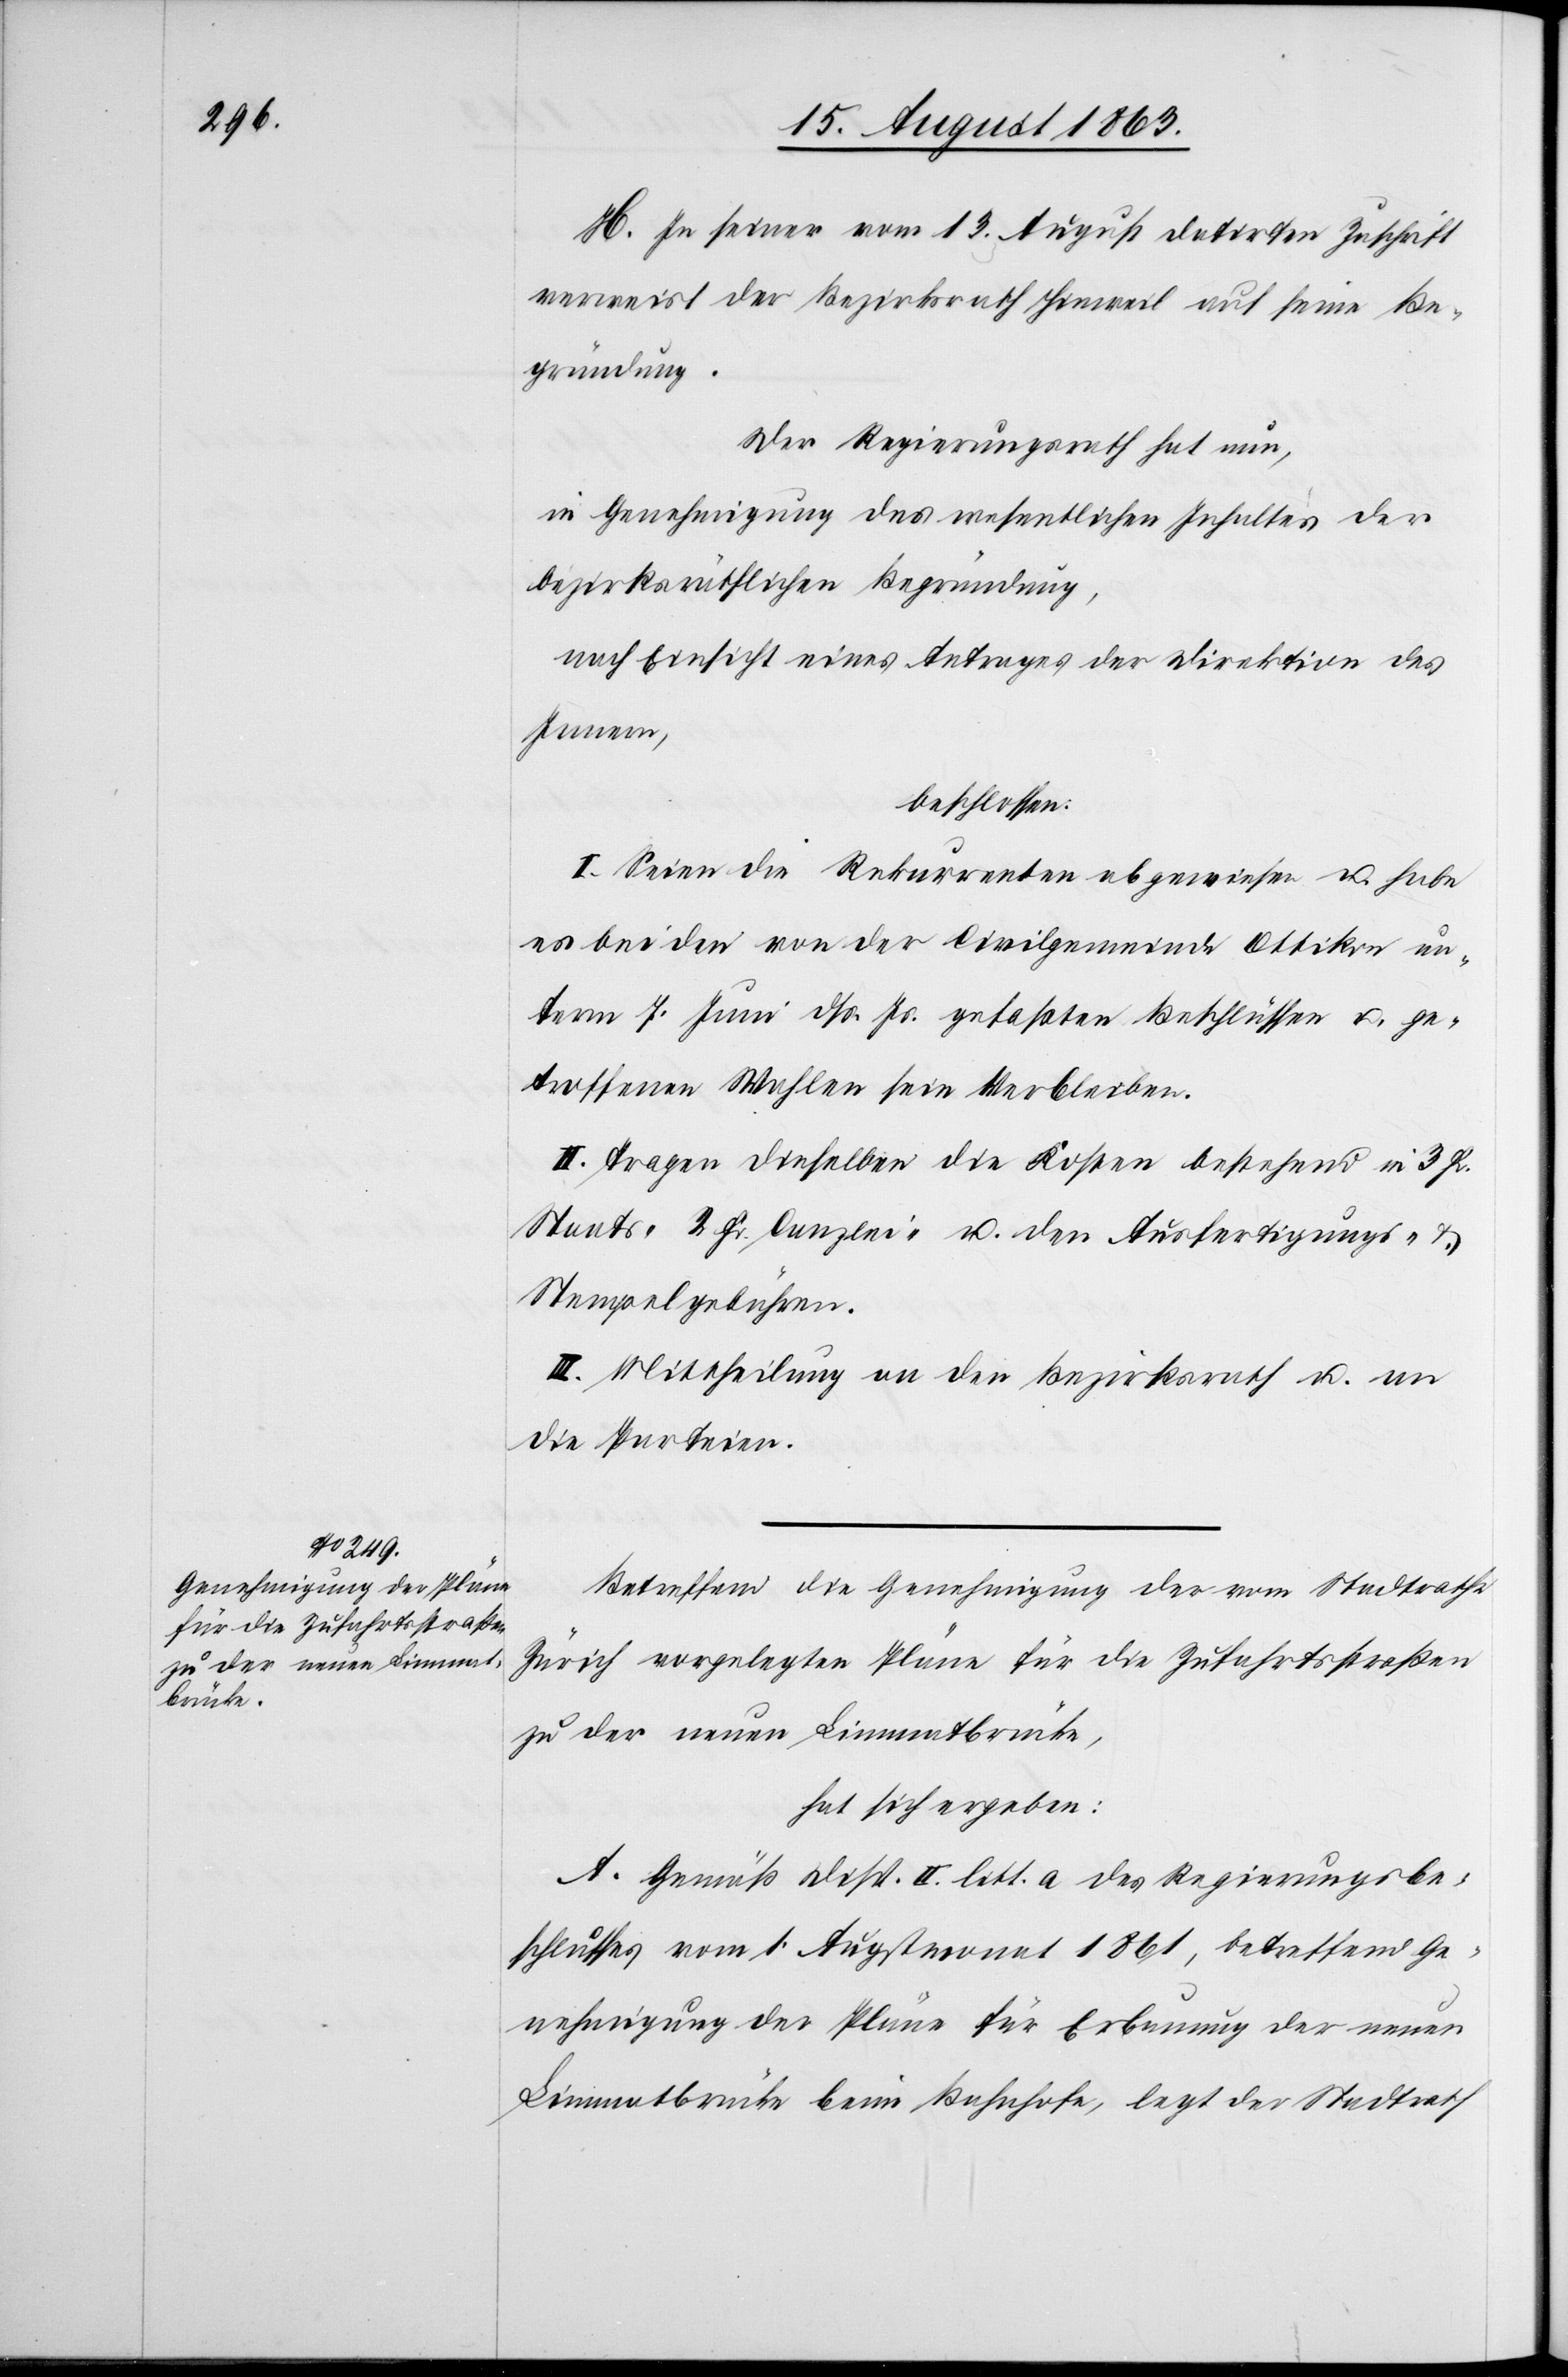
H. In seiner vom 13. August datirten Zuschrift
verweist der Bezirksrath Hinweil auf seine Be¬
gründung.
Der Regierungsrath hat nun,
in Genehmigung des wesentlichen Inhaltes der
bezirksräthlichen Begründung,
nach Einsicht eines Antrages der Direktion des
Innern,
beschlossen:
I. Seien die Rekurrenten abgewiesen u. habe
es bei den von der Civilgemeinde Ottikon un¬
term 7. Juni dß. Js. gefaßten Beschlüssen u. ge¬
troffenen Wahlen sein Verbleiben.
II. Tragen dieselben die Kosten bestehend in 3 Fr.
Staats-[,] 2 Fr. Canzlei- u. den Ausfertigungs- &
Stempelgebühren.
III. Mittheilung an den Bezirksrath u. an
die Parteien.
Betreffend die Genehmigung der vom Stadtrathe
Zürich vorgelegten Pläne für die Zufahrtsstraßen
zu der neuen Limmatbrücke,
hat sich ergeben:
A. Gemäß Disp. II. litt. a des Regierungsbe¬
schlusses vom 1. Augstmonat 1861, betreffend Ge¬
nehmigung der Pläne für Erbauung der neuen
Limmatbrücke beim Bahnhofe, legt der Stadtrath